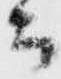
而